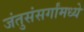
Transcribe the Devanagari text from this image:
जंतुसंसर्गांमध्ये